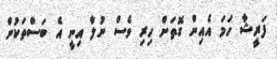
ފަރީޝާ ހަމަ އެއިން ގޮތަށް ހިރި ވެސް ނުލާ އިނީ އެ ބަސްތަކުން